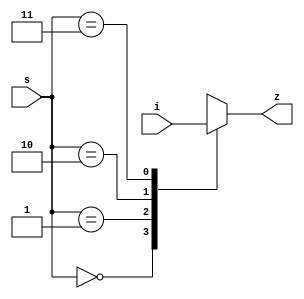

module mux_4x1(i,s,z);

input [3:0] i;
input [1:0] s;

output z;

reg z; //  

always  @(i ,s)
    case(s)
        2'b00: z <= i[3]; //00 z i[3] 
        2'b01: z <= i[2];
        2'b10: z <= i[1];
        2'b11: z <= i[0];
        default : z <= 0;
    endcase 
        
endmodule